Civil Veterinary Dept. Bombay admin report 1914-1922 - 1914-1922
Year: 1914
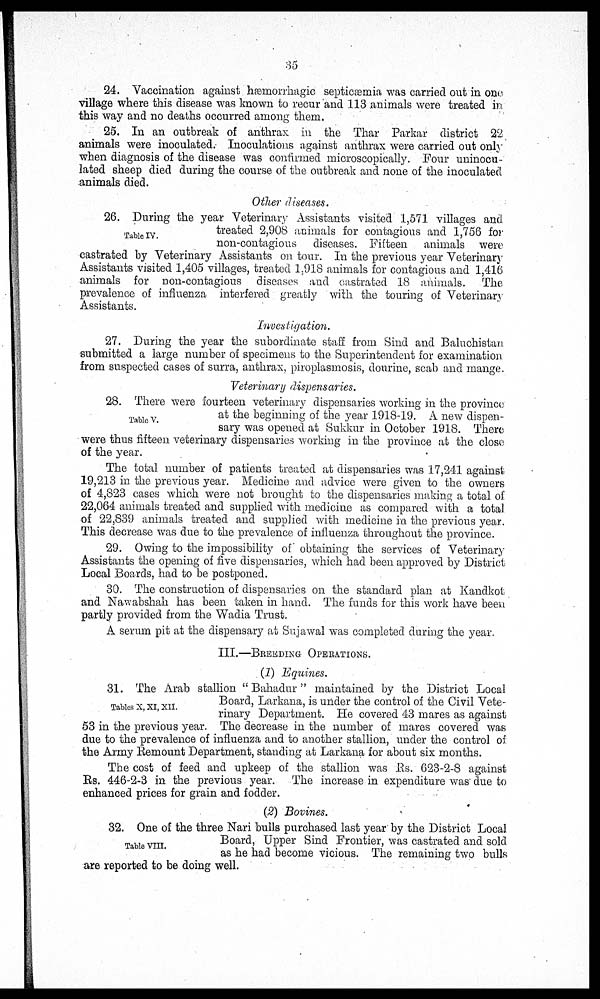
35
24. Vaccination against hæmorrhagic septicaemia was carried out in one
village where this disease was known to recur and 113 animals were treated in
this way and no deaths occurred among them.
25. In an outbreak of anthrax in the Thar Parkar district 22
animals were inoculated. Inoculations against anthrax were carried out only
when diagnosis of the disease was confirmed microscopically. Four uninocu-
lated sheep died during the course of the outbreak and none of the inoculated
animals died.
Other diseases.
Table IV.
26. During the year Veterinary Assistants visited 1,571 villages and
treated 2,908 animals for contagious and 1,756 for
non-contagious diseases. Fifteen animals were
castrated by Veterinary Assistants on tour. In the previous year Veterinary
Assistants visited 1,405 villages, treated 1,918 animals for contagious and 1,416
animals for non-contagious diseases and castrated 18 animals. The
prevalence of influenza interfered greatly with the touring of Veterinary
Assistants.
Investigation.
27. During the year the subordinate staff from Sind and Baluchistan
submitted a large number of specimens to the Superintendent for examination
from suspected cases of surra, anthrax, piroplasmosis, dourine, scab and mange.
Veterinary dispensaries.
Table V.
28. There were fourteen veterinary dispensaries working in the province
at the beginning of the year 1918-19. A new dispen-
sary was opened at Sukkur in October 1918. There
were thus fifteen veterinary dispensaries working in the province at the close
of the year.
The total number of patients treated at dispensaries was 17,241 against
19,213 in the previous year. Medicine and advice were given to the owners
of 4,823 cases which were not brought to the dispensaries making a total of
22,064 animals treated and supplied with medicine as compared with a total
of 22,839 animals treated and supplied with medicine in the previous year.
This decrease was due to the prevalence of influenza throughout the province.
29. Owing to the impossibility of obtaining the services of Veterinary
Assistants the opening of five dispensaries, which had been approved by District
Local Boards, had to be postponed.
30. The construction of dispensaries on the standard plan at Kandkot
and Nawabshah has been taken in hand. The funds for this work have been
partly provided from the Wadia Trust.
A serum pit at the dispensary at Sujawal was completed during the year.
III.—BREEDING OPERATIONS.
(1) Equines.
Tables X, XI, XII.
31. The Arab stallion "Bahadur" maintained by the District Local
Board, Larkana, is under the control of the Civil Vete-
rinary Department. He covered 43 mares as against
53 in the previous year. The decrease in the number of mares covered was
due to the prevalence of influenza and to another stallion, under the control of:
the Army Remount Department, standing at Larkana for about six months.
The cost of feed and upkeep of the stallion was Rs. 623-2-8 against
Rs. 446-2-3 in the previous year. The increase in expenditure was due to
enhanced prices for grain and fodder.
(2) Bovines.
Table VIII.
32. One of the three Nari bulls purchased last year by the District Local
Board, Upper Sind Frontier, was castrated and sold
as he had become vicious. The remaining two bulls
are reported to be doing well.